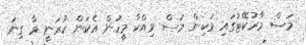
މަސް މާރުކޭޓުގައި ވަކިން މަސް ވިއްކާ މީހުން އެކަން ކުރަނީ މާ ގިނަ